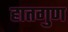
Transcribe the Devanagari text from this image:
हातगुण